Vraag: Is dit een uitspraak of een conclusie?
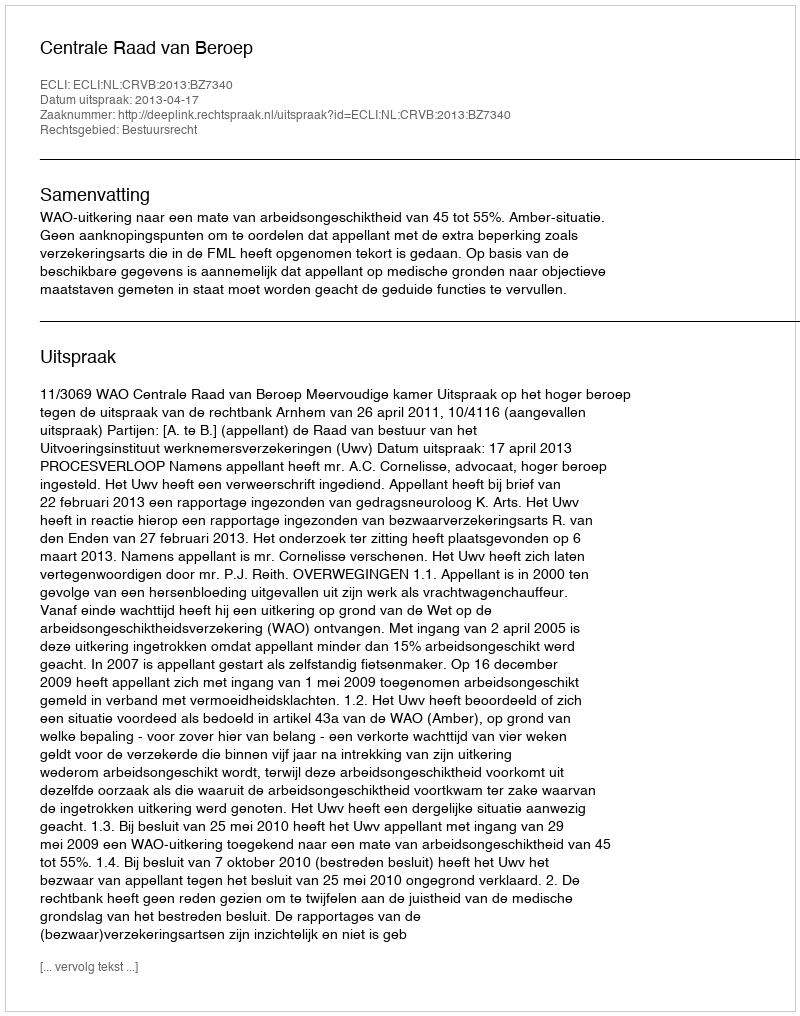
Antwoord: Uitspraak